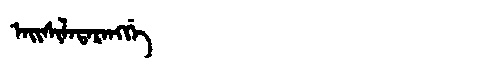
Manchu: ᠠᡳᠰᡳᠯᠠᡨᠠᡵᠠᠩᡤᡝ
Romanization: AISILATARANGGE